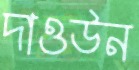
দাওউন